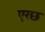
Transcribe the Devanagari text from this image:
एरछ